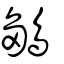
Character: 鶵